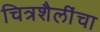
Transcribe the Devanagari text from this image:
चित्रशैलींचा